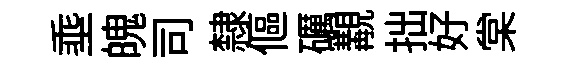
埀魄司隸傴礪覯拙好棠